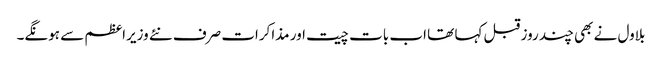
بلاول نے بھی چند روز قبل کہا تھا اب بات چیت اور مذاکرات صرف نئے وزیراعظم سے ہونگے۔